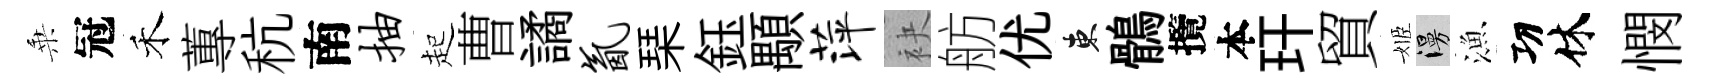
乗冠禾蓴秔南抽起曹譎氤琹鈺顒萍袂舫优東鶻攬本玕貿姬漫漁㓛休憫